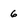
Character: 6